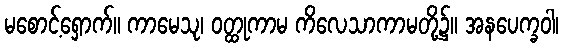
မစောင့်ရှောက်။ ကာမေသု၊ ဝတ္ထုကာမ ကိလေသာကာမတို့၌။ အနပေက္ခဝါ၊